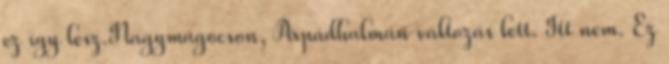
ez így lesz.Nagymágocson, Árpádhalmán változás lett. Itt nem. Ez